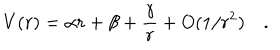
V ( r ) = \alpha r + \beta + { \frac { \gamma } { r } } + O ( 1 / r ^ { 2 } ) \quad .